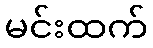
မင်းထက်